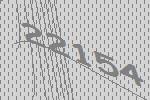
22154